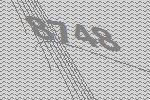
8748